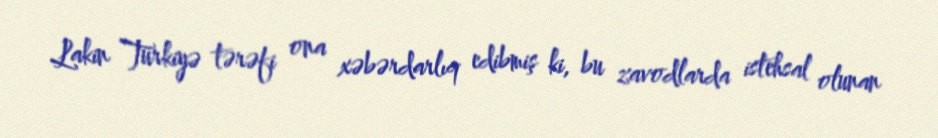
Lakin Türkiyə tərəfi ona xəbərdarlıq edibmiş ki, bu zavodlarda istehsal olunan